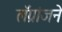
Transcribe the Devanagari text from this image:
लॅग्रांजने